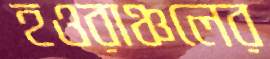
হওরাঞ্চলের